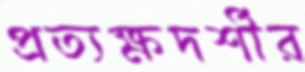
প্রত্যক্ষদর্শীর